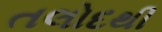
તલોદથી